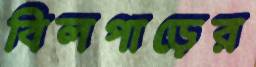
বিলপাড়ের